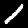
Label: 1